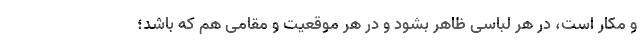
و مکار است، در هر لباسی ظاهر بشود و در هر موقعیت و مقامی هم که باشد؛